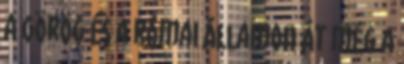
a görög és a római államon át még a